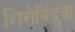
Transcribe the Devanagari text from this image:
शिरोबिंदुंचा